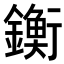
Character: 𨭶